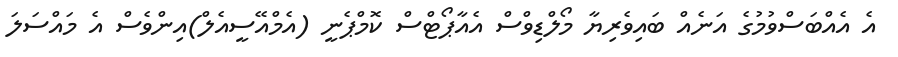
އެ އެއްބަސްވުމުގެ އަނެއް ބައިވެރިޔާ މޯލްޑިވްސް އެއާޕޯޓްސް ކޮމްޕެނީ (އެމްއޭސީއެލް)އިންވެސް އެ މައްސަލަ